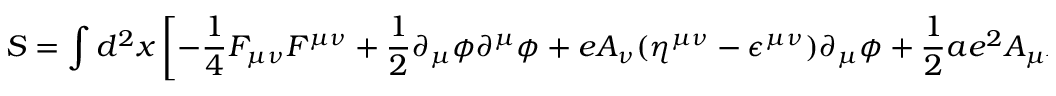
S = \int d ^ { 2 } x \left[ - { \frac { 1 } { 4 } } F _ { \mu \nu } F ^ { \mu \nu } + { \frac { 1 } { 2 } } \partial _ { \mu } \phi \partial ^ { \mu } \phi + e A _ { \nu } ( \eta ^ { \mu \nu } - \epsilon ^ { \mu \nu } ) \partial _ { \mu } \phi + { \frac { 1 } { 2 } } a e ^ { 2 } A _ { \mu } A ^ { \mu } \right]